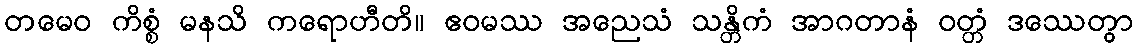
တမေဝ ကိစ္စံ မနသိ ကရောဟီတိ။ ဧဝမဿ အညေသံ သန္တိကံ အာဂတာနံ ဝတ္တံ ဒဿေတွာ